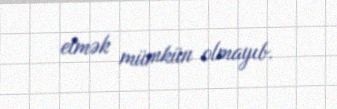
etmək mümkün olmayıb.